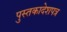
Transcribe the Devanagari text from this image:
पुस्तकादेशपत्र